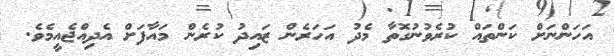
އަހަންނަށް ކަންތައް ކުރެވުނުގޮތާ މެދު އަހަރެން ޒައިދު ކުރެން މައާފަށް އެދިއްޖެއީމެވެ.